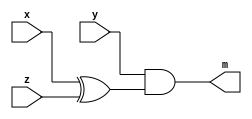
`timescale 1ns/100ps

module mi_modulo(
  input x,
  input y,
  input z,
  output m);
    wire e;
  	xor x1(e,x,z);
  	and a1(m,y,e);
endmodule